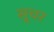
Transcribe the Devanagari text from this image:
सूचर